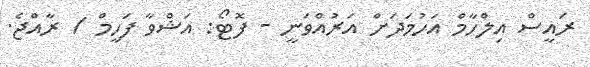
ރައީސް އިލްހާމް އަހުމަދަށް އަރުއްވަނީ - ފޮޓޯ: އަޝްވާ ފަހީމް / ރާއްޖެ.